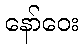
နော်ဝေး